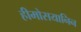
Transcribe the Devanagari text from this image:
हीमोसयानिन